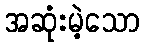
အဆုံးမဲ့သော